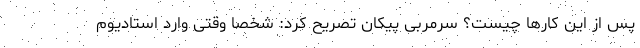
پس از این کارها چیست؟ سرمربی پیکان تصریح کرد: شخصا وقتی وارد استادیوم